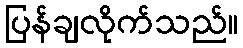
ပြန်ချလိုက်သည်။